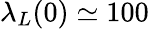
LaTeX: \lambda_{L}(0)\simeq 100